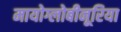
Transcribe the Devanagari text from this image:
मायोग्लोबीनूरिया